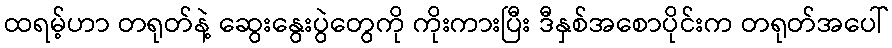
ထရမ့်ဟာ တရုတ်နဲ့ ဆွေးနွေးပွဲတွေကို ကိုးကားပြီး ဒီနှစ်အစောပိုင်းက တရုတ်အပေါ်